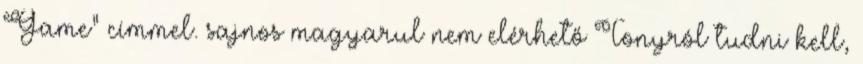
Game” címmel. sajnos magyarul nem elérhető Tonyról tudni kell,